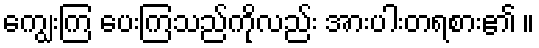
ကျွေးကြ ပေးကြသည်ကိုလည်း အားပါးတရစား၏ ။